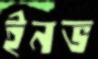
ইনভ